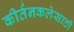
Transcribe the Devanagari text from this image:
कीर्तनकलेसाठी